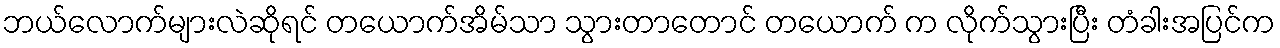
ဘယ်လောက်များလဲဆိုရင် တယောက်အိမ်သာ သွားတာတောင် တယောက် က လိုက်သွားပြီး တံခါးအပြင်က